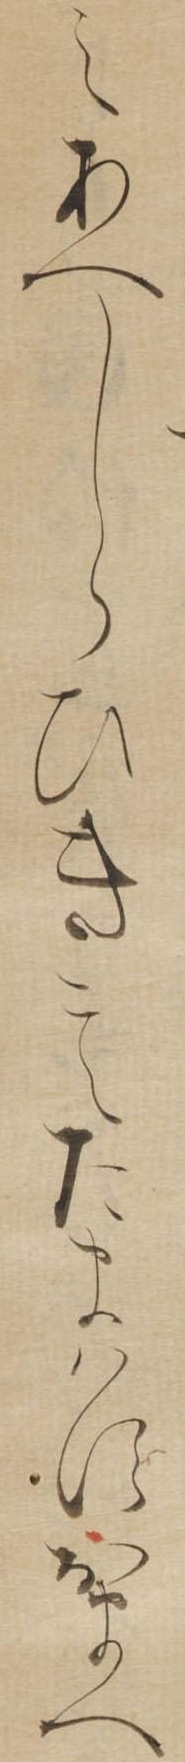
えあへしらひきこえたまはすおまへ